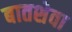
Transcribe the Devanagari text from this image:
बातशेवा